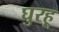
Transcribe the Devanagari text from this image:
घुरहू